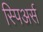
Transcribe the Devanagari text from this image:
स्पिअर्स